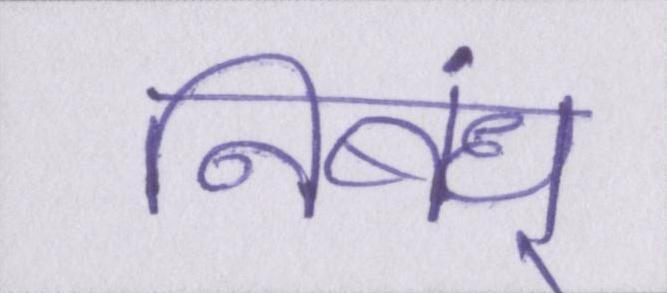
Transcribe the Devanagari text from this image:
निबंध्